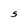
Character: S